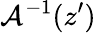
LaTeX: \mathcal{A}^{-1}(z^{\prime})